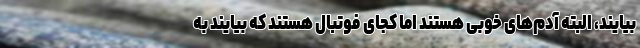
بیایند، البته آدم‌های خوبی هستند اما کجای فوتبال هستند که بیایند به